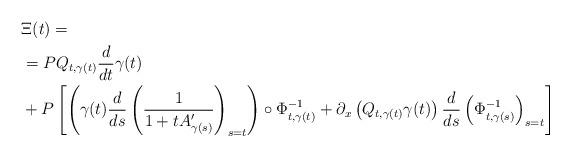
LaTeX: \begin{align*} &\Xi(t)= \\ &= PQ_{t,\gamma(t)}\frac{d}{dt}\gamma(t)\\ &+P\left[\left(\gamma(t)\frac{d}{ds}\left(\frac{1}{1+tA'_{\gamma(s)}}\right)_{s=t}\right)\circ \Phi^{-1}_{t,\gamma(t)}+\partial_x\left( Q_{t,\gamma(t)}\gamma(t)\right)\frac{d}{ds} \left(\Phi^{-1}_{t,\gamma(s)}\right)_{s=t}\right]\end{align*}